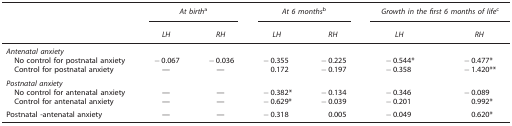
|  | <COLSPAN=2> At birtha | <COLSPAN=2> At 6 monthsb | <COLSPAN=2> Growth in the first 6 months of lifec |
 |  | LH | RH | LH | RH | LH | RH |
 | --- | --- | --- | --- | --- | --- | --- |
 | <COLSPAN=7> Antenatal anxiety |
 | No control for postnatal anxiety | −0.067 | −0.036 | −0.355 | −0.225 | −0.544* | −0.477* |
 | Control for postnatal anxiety | — | — | 0.172 | −0.197 | −0.358 | −1.420** |
 | <COLSPAN=7> Postnatal anxiety |
 | No control for antenatal anxiety | — | — | −0.382* | −0.134 | −0.346 | −0.089 |
 | Control for antenatal anxiety | — | — | −0.629* | −0.039 | −0.201 | 0.992* |
 | Postnatal -antenatal anxiety | — | — | −0.318 | 0.005 | −0.049 | 0.620* |